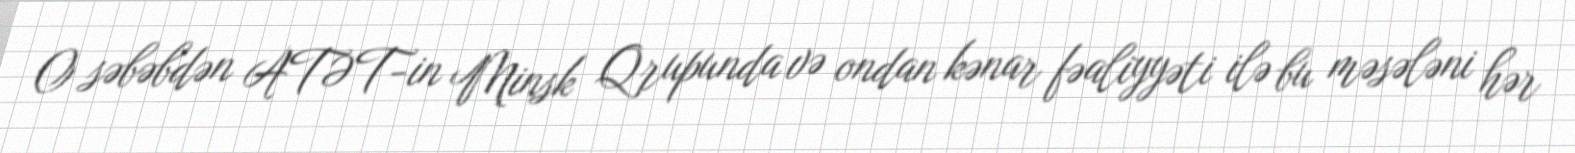
O səbəbdən ATƏT-in Minsk Qrupunda və ondan kənar fəaliyyəti ilə bu məsələni hər